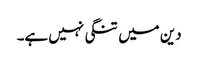
دین میں تنگی نہیں ہے۔